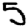
Digit: 5